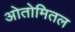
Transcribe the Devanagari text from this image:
ओतोमितल